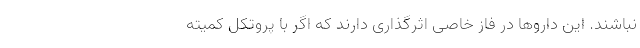
نباشند. این داروها در فاز خاصی اثرگذاری دارند که اگر با پروتکل کمیته